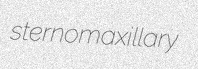
sternomaxillary